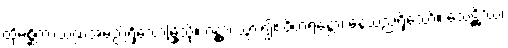
ထိုမစ္ဆိကာသဏ္ဍအမည်ရှိသောမြို့သို့။ ဂန္တွာ၊ သွား၍။ ဝိဟရန္တော၊ နေသည်ရှိသော်။ သေဋ္ဌိဿ၊